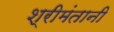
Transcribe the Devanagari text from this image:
श्रीमंतानी